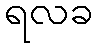
ရလခ